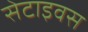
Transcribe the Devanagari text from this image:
सेटाइवस